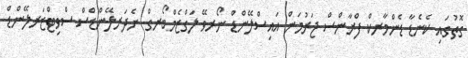
ގޮތުގައި ކެނެޑާ ޑެންމާރކް ފްރާންސް ޖަރުމަން އައިސްލޭންޑް ނޯރވޭ ލަގްޒެމްބޯރގް ނެދަރލޭންޑްސް ސްވިޓްޒަރލޭންޑް